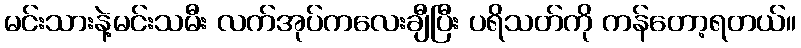
မင်းသားနဲ့မင်းသမီး လက်အုပ်ကလေးချီပြီး ပရိသတ်ကို ကန်တော့ရတယ်။